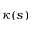
\kappa ( s )